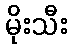
မိုးသီး